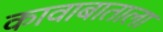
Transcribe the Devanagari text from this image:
कावाबाताला